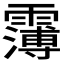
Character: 𩅿